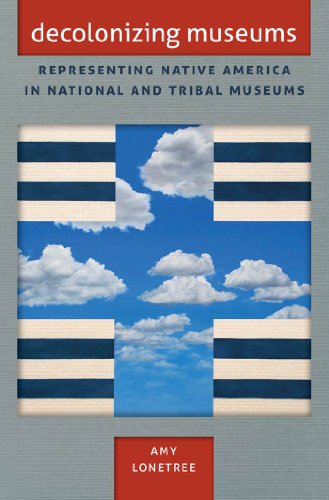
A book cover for Decolonizing Museums: Representing Native America in National and Tribal Museums (First Peoples: New Directions in Indigenous Studies (University of North Carolina Press Paperback)); Amy Lonetree; Business & Money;